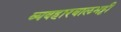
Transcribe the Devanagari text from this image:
व्यवहारबालभट्टी